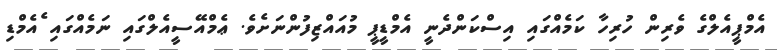
އެމްޕީއެލްގެ ވެރިން ހުރިހާ ކަމެއްގައި އިސްކަންދެނީ އެމްޑީޕީ މުއައްޒިފުންނަށެވެ. ޢެމްއޭސީއެލްގައި ނަމެއްގައި ެއެމްޑި